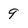
Character: 9